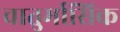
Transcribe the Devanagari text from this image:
चातुर्मासिक